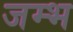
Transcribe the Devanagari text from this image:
जम्भ